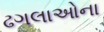
ઢગલાઓના